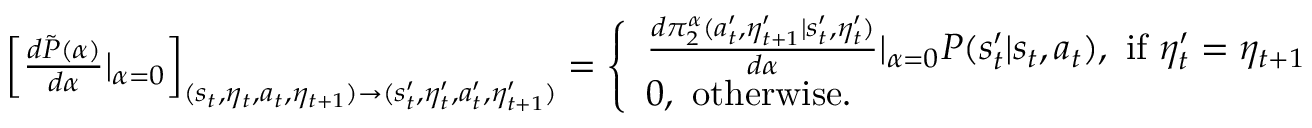
\begin{array} { r } { \left[ \frac { d \tilde { P } ( \alpha ) } { d \alpha } | _ { \alpha = 0 } \right] _ { ( s _ { t } , \eta _ { t } , a _ { t } , \eta _ { t + 1 } ) \to ( s _ { t } ^ { \prime } , \eta _ { t } ^ { \prime } , a _ { t } ^ { \prime } , \eta _ { t + 1 } ^ { \prime } ) } = \left\{ \begin{array} { l l } { \frac { d \pi _ { 2 } ^ { \alpha } ( a _ { t } ^ { \prime } , \eta _ { t + 1 } ^ { \prime } | s _ { t } ^ { \prime } , \eta _ { t } ^ { \prime } ) } { d \alpha } | _ { \alpha = 0 } P ( s _ { t } ^ { \prime } | s _ { t } , a _ { t } ) , \ \mathrm { i f ~ } \eta _ { t } ^ { \prime } = \eta _ { t + 1 } } \\ { 0 , \ \mathrm { o t h e r w i s e } . } \end{array} \right. } \end{array}